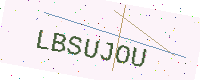
Text: LBSUJOU